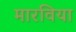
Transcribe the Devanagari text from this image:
मारविया